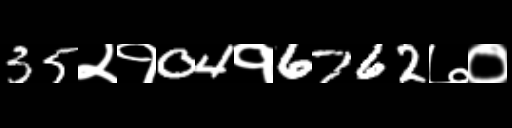
Text: 35२१04१6762७०